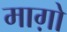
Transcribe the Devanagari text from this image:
माग़ो